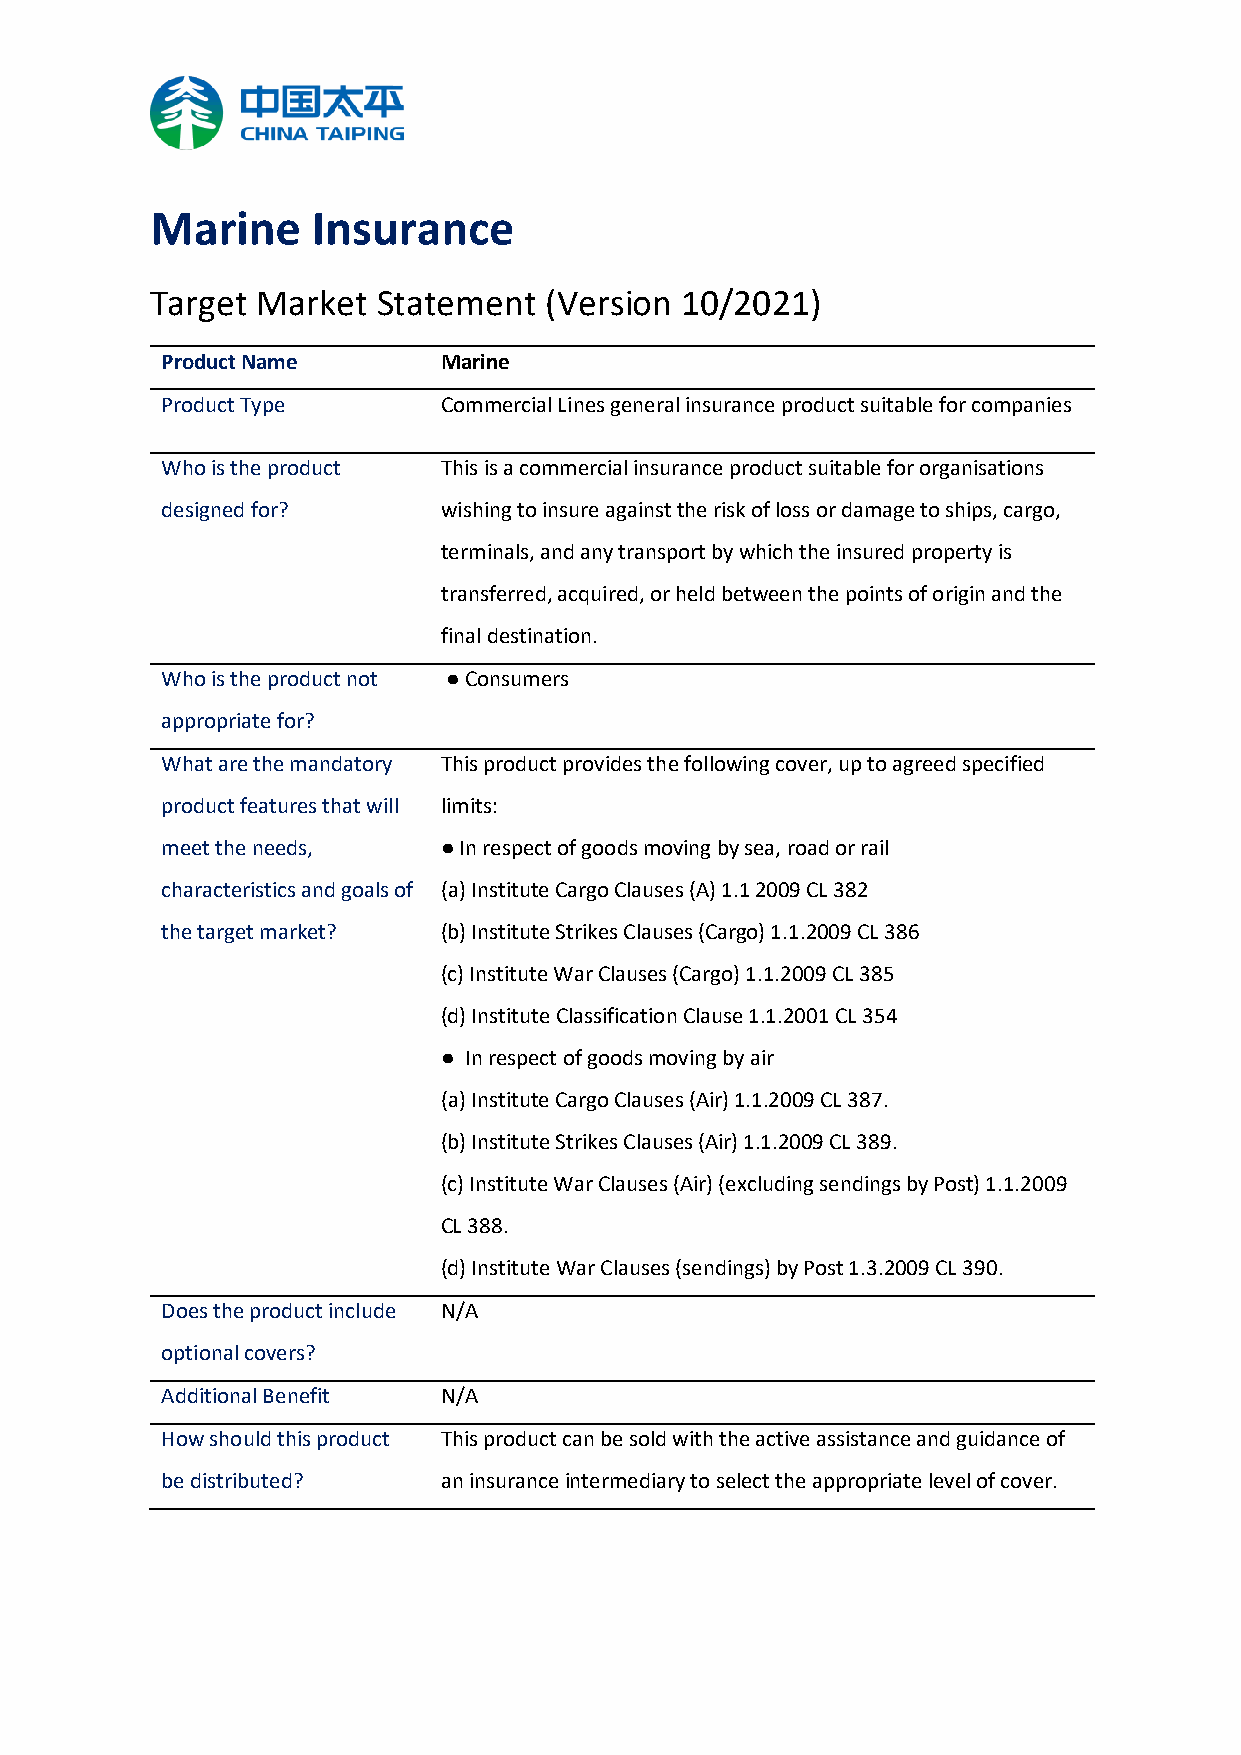
Marine     Insurance
 Target Market  Statement  (Version 10/2021)
 Product Name      Marine
 Product Type      Commercial Lines general insurance product suitable for companies
 Who is the product This is a commercial insurance product suitable for organisations
 designed for?     wishing to insure against the risk of loss or damage to ships, cargo,
 terminals, and any transport by which the insured property is
 transferred, acquired, or held between the points of origin and the
 final destination.
 Who is the product not ● Consumers
 appropriate for?
 What are the mandatory This product provides the following cover, up to agreed specified
 product features that will limits:
 meet the needs,   ● In respect of goods moving by sea, road or rail
 characteristics and goals of (a) Institute Cargo Clauses (A) 1.1 2009 CL 382
 the target market? (b) Institute Strikes Clauses (Cargo) 1.1.2009 CL 386
 (c) Institute War Clauses (Cargo) 1.1.2009 CL 385
 (d) Institute Classification Clause 1.1.2001 CL 354
 ● In respect of goods moving by air
 (a) Institute Cargo Clauses (Air) 1.1.2009 CL 387.
 (b) Institute Strikes Clauses (Air) 1.1.2009 CL 389.
 (c) Institute War Clauses (Air) (excluding sendings by Post) 1.1.2009
 CL 388.
 (d) Institute War Clauses (sendings) by Post 1.3.2009 CL 390.
 Does the product include N/A
 optional covers?
 Additional Benefit N/A
 How should this product This product can be sold with the active assistance and guidance of
 be distributed?   an insurance intermediary to select the appropriate level of cover.